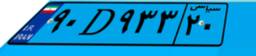
۱۱D۰۸۸۷۳